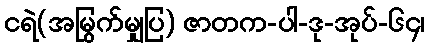
ငရဲ(အမြွက်မျှပြ) ဇာတက-ပါ-ဒု-အုပ်-၆၄၊